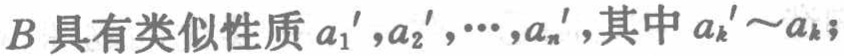
$B具有类似性质a_1',a_2',\cdots,a_n',其中a_k'\sim a_k;$